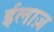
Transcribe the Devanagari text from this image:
ईलाज़